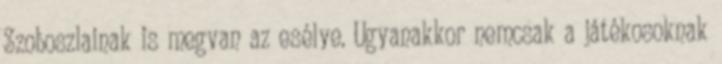
Szoboszlainak is megvan az esélye. Ugyanakkor nemcsak a játékosoknak